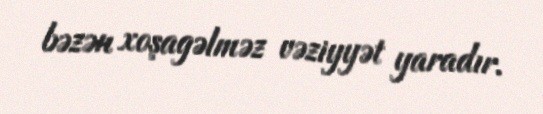
bəzən xoşagəlməz vəziyyət yaradır.